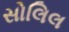
સોલિલ